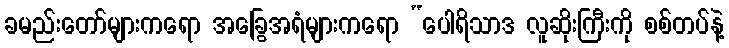
ခမည်းတော်များကရော အခြွေအရံများကရော “ပေါရိသာဒ လူဆိုးကြီးကို စစ်တပ်နဲ့